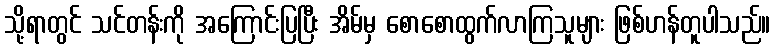
သို့ရာတွင် သင်တန်းကို အကြောင်းပြပြီး အိမ်မှ စောစောထွက်လာကြသူများ ဖြစ်ဟန်တူပါသည်။